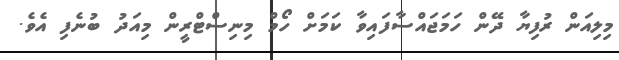
މިލިއަން ރުފިޔާ ދޭން ހަމަޖައްސާފައިވާ ކަމަށް ހޯމް މިނިސްޓްރީން މިއަދު ބުނެފި އެވެ.